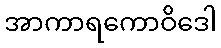
အာကာရကောဝိဒေါ